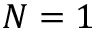
N = 1